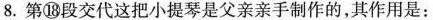
8. 第⑱段交代这把小提琴是父亲亲手制作的，其作用是：